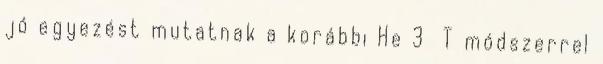
jó egyezést mutatnak a korábbi He 3 T módszerrel